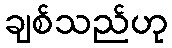
ချစ်သည်ဟု